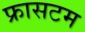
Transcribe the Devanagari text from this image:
फ्रासटम